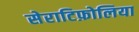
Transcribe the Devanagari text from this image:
सेराटिफ़ोलिया